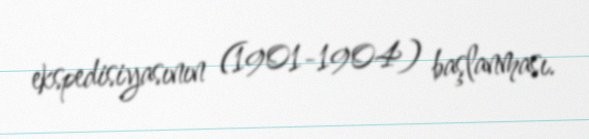
ekspedisiyasının (1901-1904) başlanması.